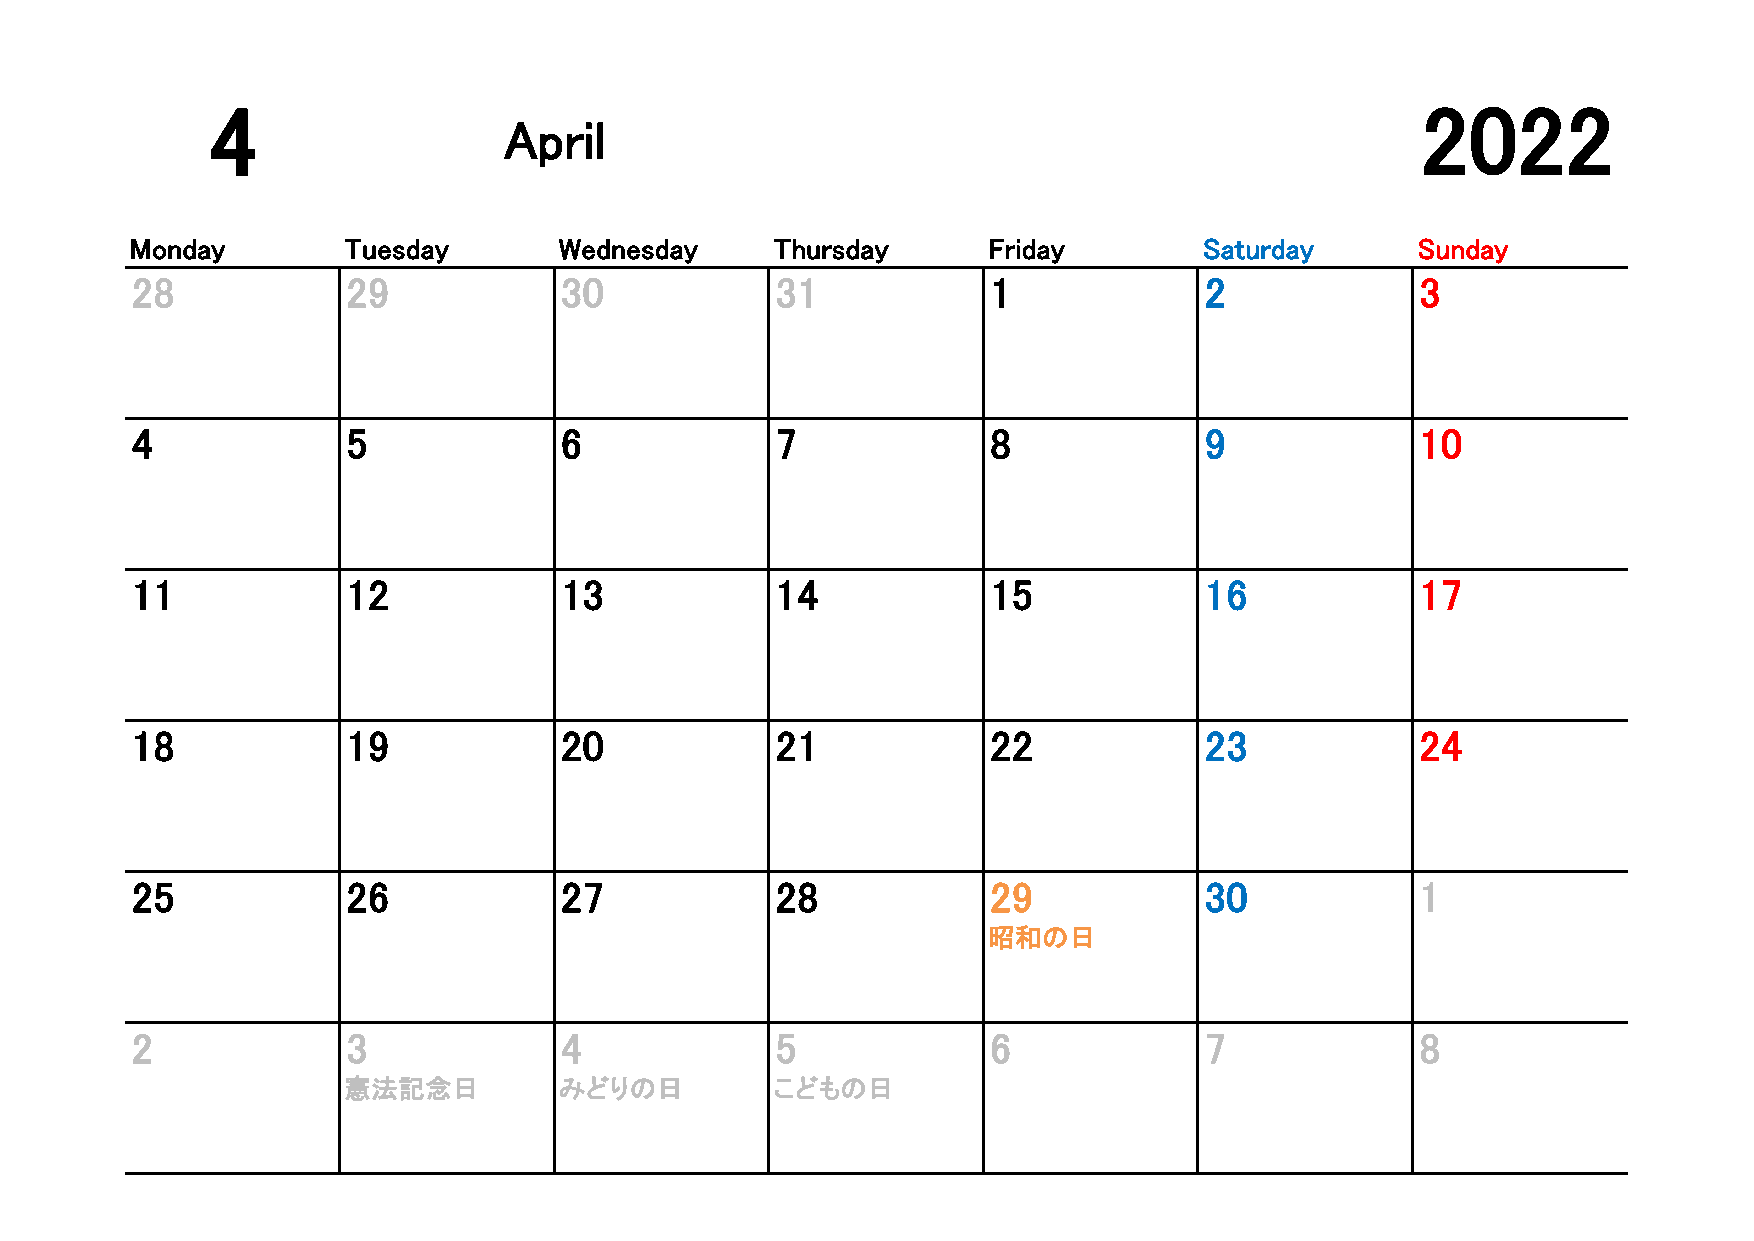
4                                                                               2022
 April
 2022/4/1
 Monday        Tuesday       Wednesday     Thursday      Friday         Saturday      Sunday
 28            29            30            31             1             2             3
 4             5             6             7              8             9             10
 11            12            13            14             15            16            17
 18            19            20            21             22            23            24
 25            26            27            28             29            30            1
 昭和の日
 2             3             4             5              6             7             8
 憲法記念日         みどりの日         こどもの日